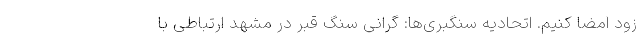
زود امضا کنیم. اتحادیه سنگبری‌ها: گرانی سنگ قبر در مشهد ارتباطی با